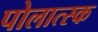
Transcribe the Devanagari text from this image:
पोलात्स्क